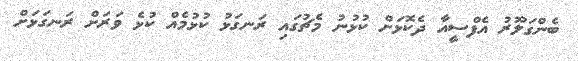
ބެންގަލޫރު އެފްސީއާ ދެކޮޅަށް ކުޅުނު މެޗުގައި ރަނގަޅު ކުޅުމެއް ކުޅެ ވަރަށް ރަނގަޅަށް